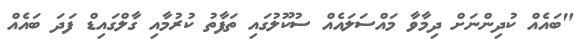
"ބައެއް ކުދިންނަށް ދިމާވާ މައްސަލައެއް ސުކޫލުގައި ތަފާތު ކުރުމާއި ގާލްގައިޑް ފަދަ ބައެއް